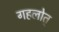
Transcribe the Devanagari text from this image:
गहलोत्